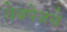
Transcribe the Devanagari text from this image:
वेबपेजचे